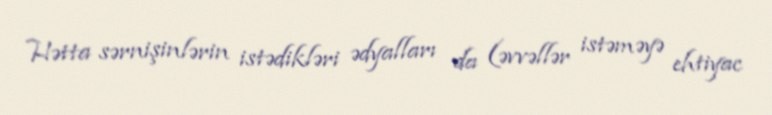
Hətta sərnişinlərin istədikləri ədyalları da (əvvəllər istəməyə ehtiyac